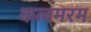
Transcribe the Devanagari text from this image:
कलमरम